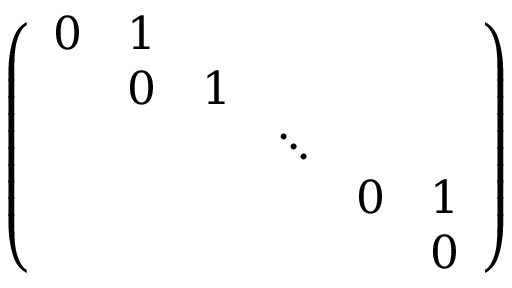
\left( \begin{array} { c c c c c c } { { 0 } } & { { 1 } } & { { } } & { { } } & { { } } & { { } } \\ { { } } & { { 0 } } & { { 1 } } & { { } } & { { } } & { { } } \\ { { } } & { { } } & { { } } & { { \ddots } } & { { } } & { { } } \\ { { } } & { { } } & { { } } & { { } } & { { 0 } } & { { 1 } } \\ { { } } & { { } } & { { } } & { { } } & { { } } & { { 0 } } \end{array} \right)